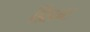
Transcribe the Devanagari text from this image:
डिडन्‍ट